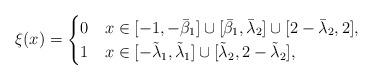
LaTeX: \begin{align*}\xi(x)=\begin{cases} 0&x\in [-1,-\bar\beta_1]\cup[\bar \beta_1, \bar\lambda_2] \cup[2-\bar \lambda_2, 2],\\1 & x\in[-\tilde \lambda_1,\tilde \lambda_1] \cup [\tilde\lambda_2, 2-\tilde\lambda_2],\end{cases}\end{align*}